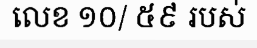
លេខ ១០/ ៥៩ របស់